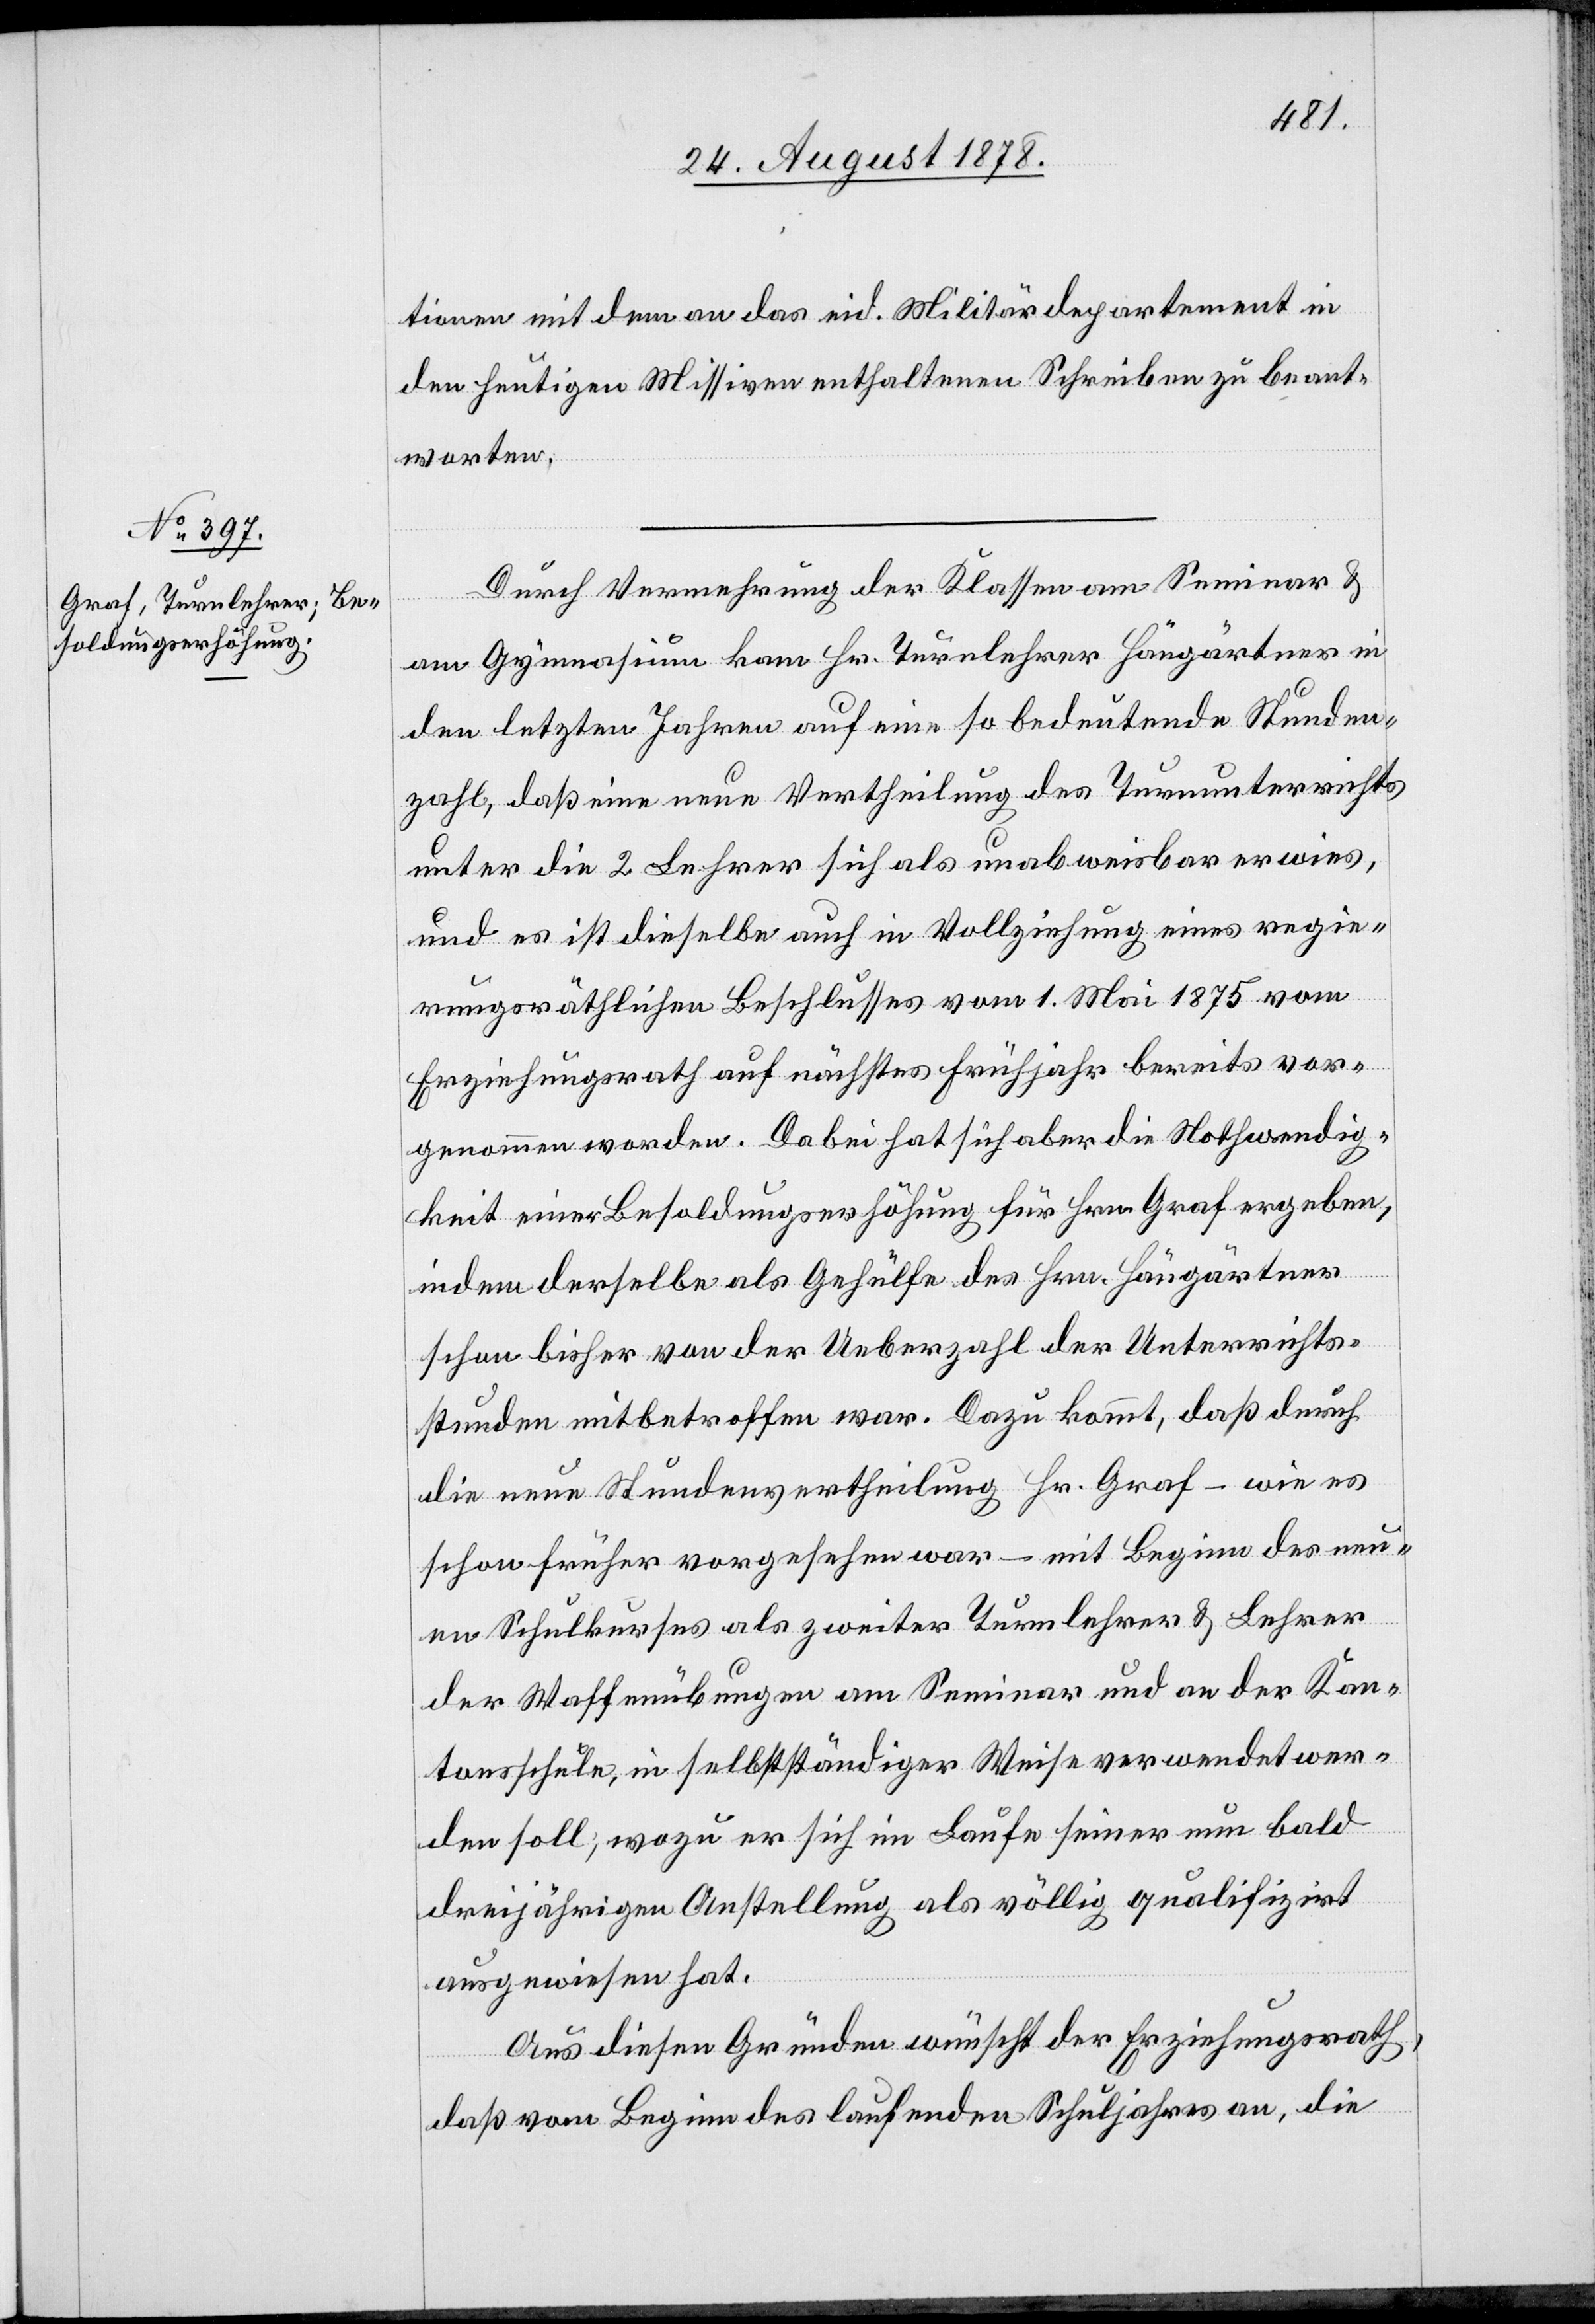
tionen mit dem an das eid. Militärdepartement in
den heutigen Missiven enthaltenen Schreiben zu beant¬
worten.
Durch Vermehrung der Klassen am Seminar &
am Gymnasium kam Hr. Turnlehrer Hängärtner in
den letzten Jahren auf eine so bedeutende Stunden¬
zahl, daß eine neue Vertheilung des Turnunterrichts
unter die 2 Lehrer sich als unabweisbar erwies,
und es ist dieselbe auch in Vollziehung eines regie¬
rungsräthlichen Beschlusses vom 1. Mai 1875 vom
Erziehungsrath auf nächstes Frühjahr bereits vor¬
genommen worden. Dabei hat sich aber die Nothwendig¬
keit einer Besoldungserhöhung für Hrn. Graf ergeben,
indem derselbe als Gehülfe des Hrn. Hängärtner
schon bisher von der Ueberzahl der Unterrichts¬
stunden mitbetroffen war. Dazu kommt, daß durch
die neue Stundenvertheilung Hr. Graf – wie es
schon früher vorgesehen war – mit Beginn der neu¬
en Schulkurses als zweiter Turnlehrer & Lehrer
der Waffenübungen am Seminar und an der Kan¬
tonsschule, in selbstständiger Weise verwendet wer¬
den soll; wozu er sich im Laufe seiner nun bald
dreijährigen Anstellung als völlig qualifizirt
ausgewiesen hat.
Aus diesen Gründen wünscht der Erziehungsrath,
daß vom Beginn des laufenden Schuljahres an, die